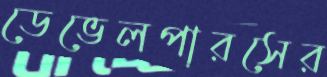
ডেভেলপারসের